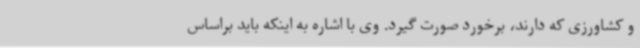
و کشاورزی که دارند، برخورد صورت گیرد. وی با اشاره به اینکه باید براساس